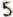
5